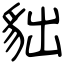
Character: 貀